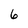
Character: 6